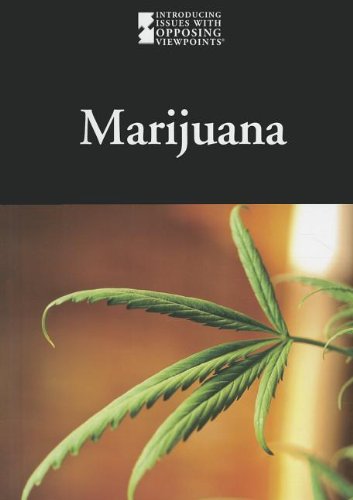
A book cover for Marijuana (Introducing Issues With Opposing Viewpoints); Noel Merino; Teen & Young Adult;